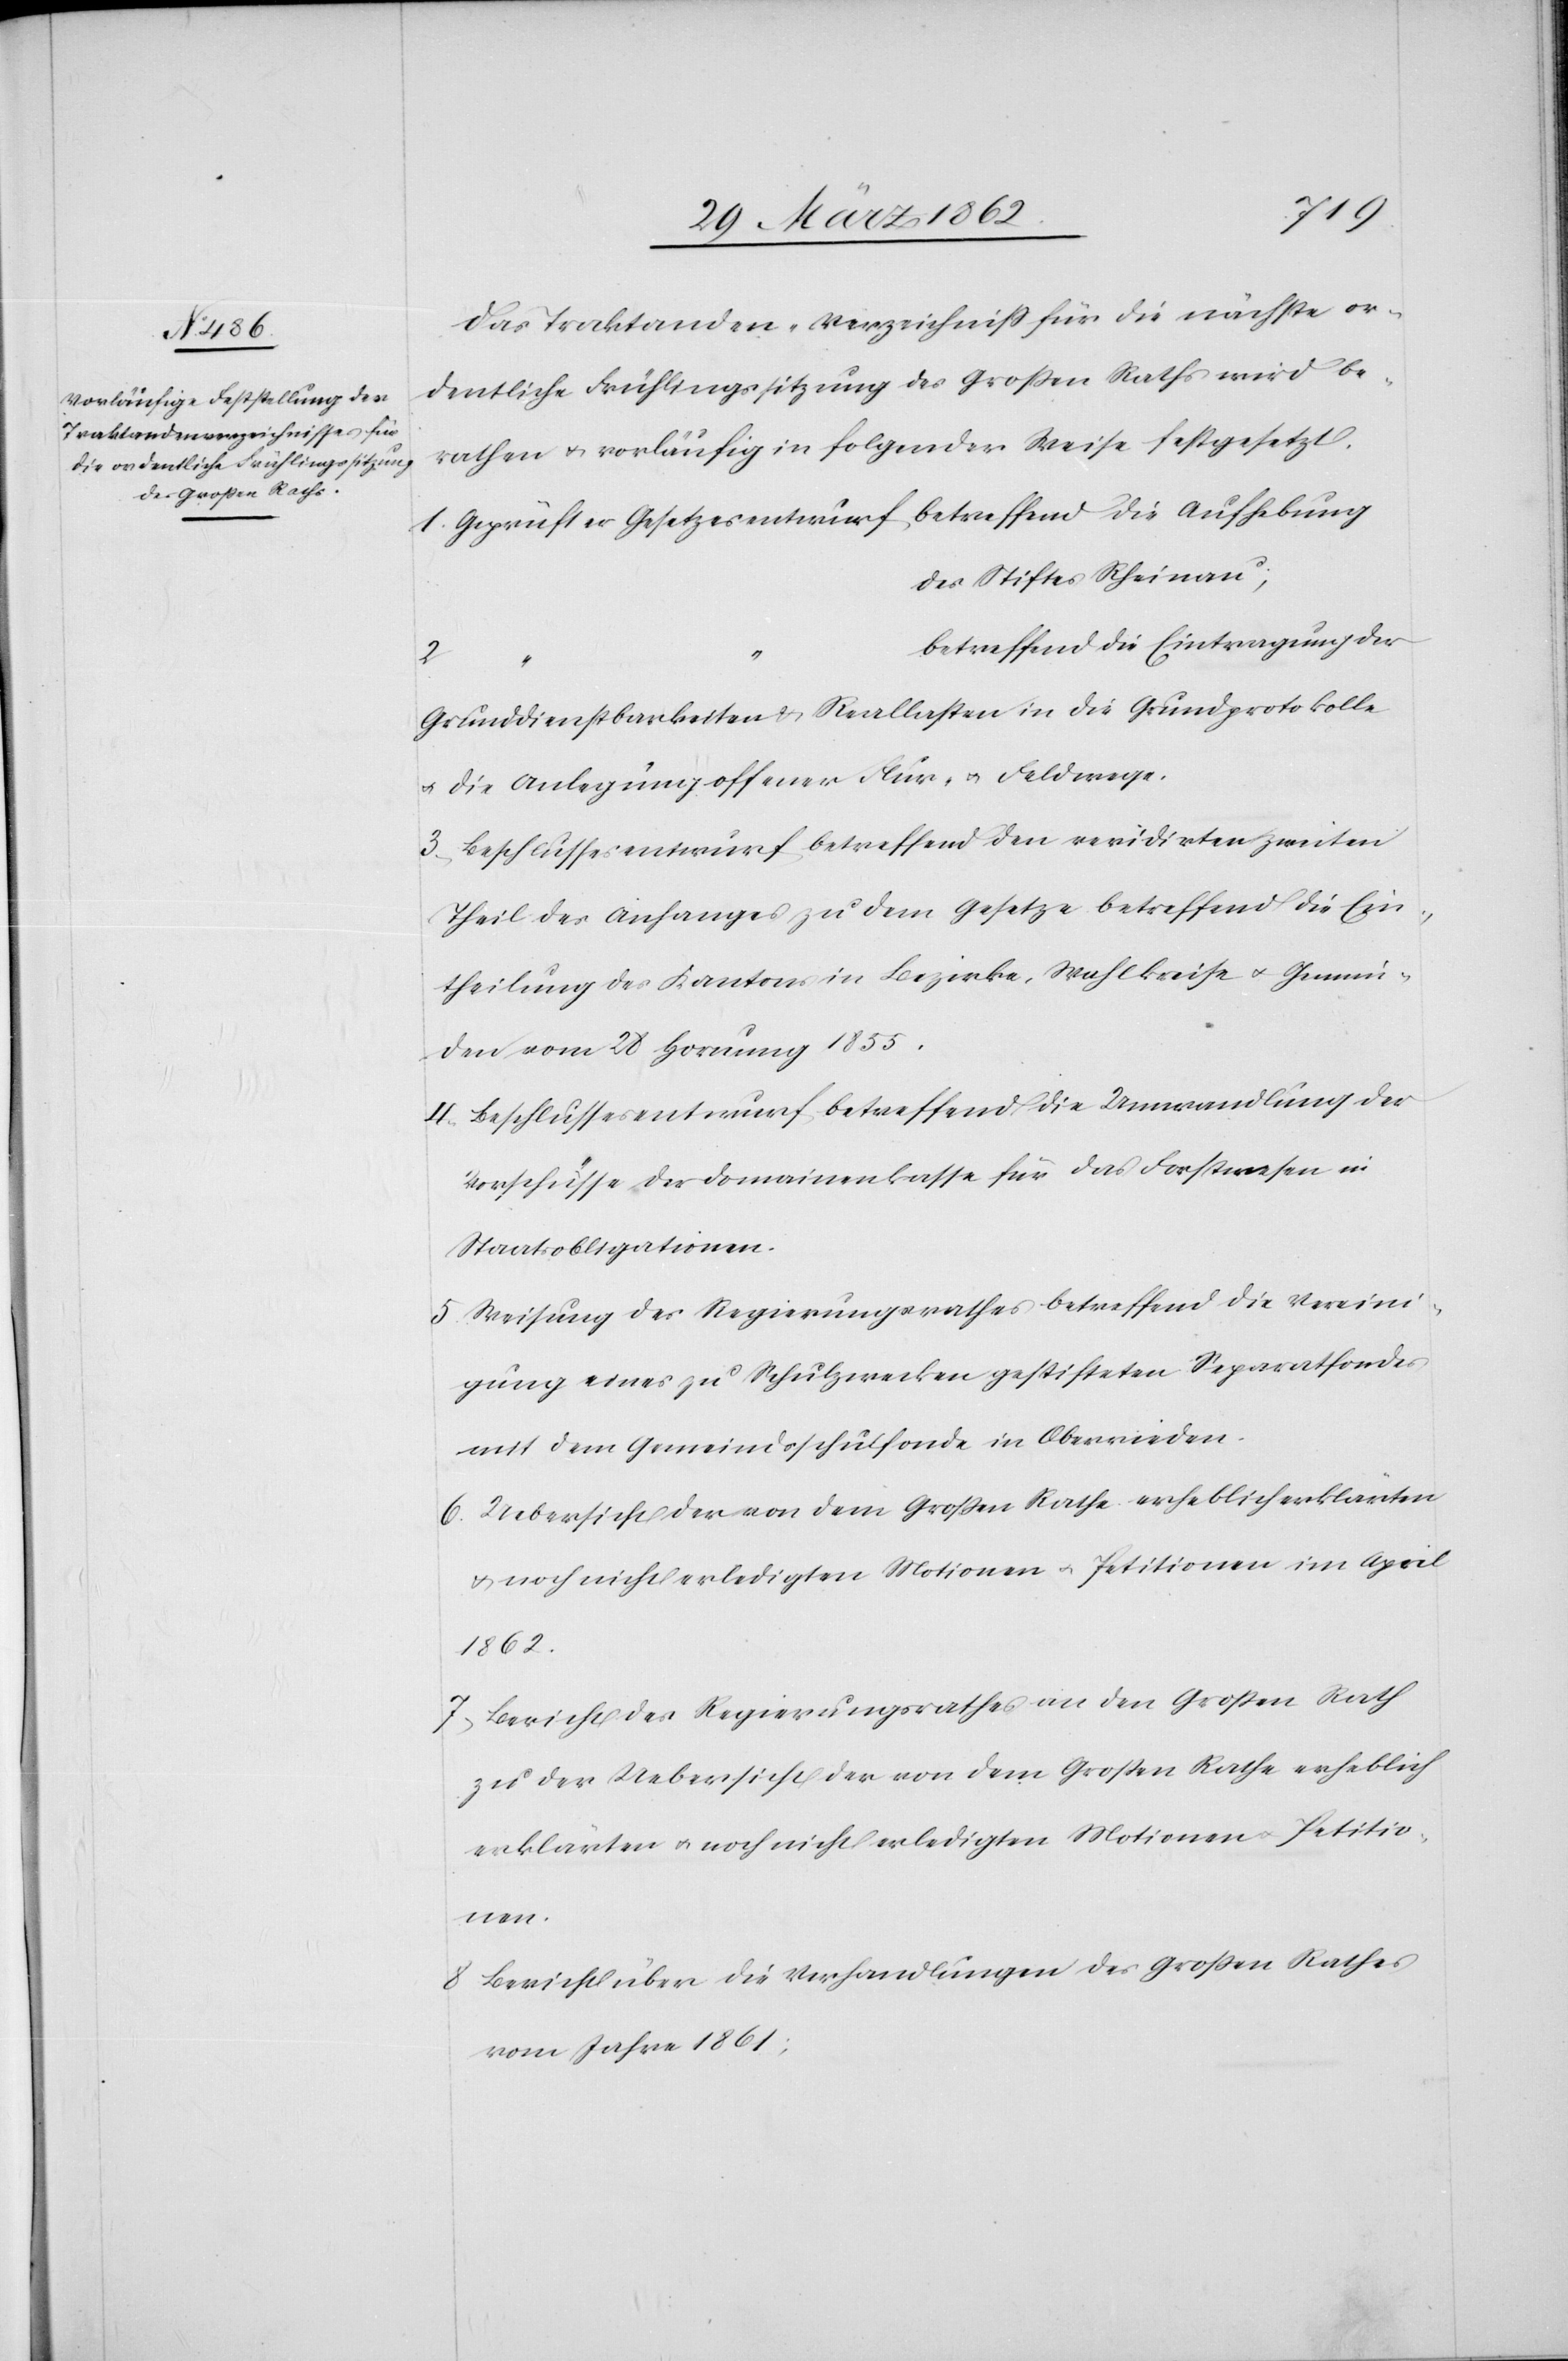
Das Traktanden-Verzeichniß für die nächste or¬
dentliche Frühlingssitzung des Großen Raths wird be¬
rathen u. vorläufig in folgender Weise festgesetzt.
1. Geprüfter Gesetzesentwurf, betreffend die Aufhebung
des Stiftes Rheinau;
betreffend die Eintragung der
2.
Grunddienstbarkeiten & Reallasten in die Grundprotokolle
u. die Anlegung offener Flur- u. Feldwege.
3. Beschlussesentwurf betreffend den revidirten zweiten
Theil des Anfanges zu dem Gesetze betreffend die Ein¬
theilung des Kantons in Bezirke, Wahlkreise u. Gemein¬
den vom 28 Hornung 1855.
4. Beschlussesentwurf betreffend die Umwandlung der
Vorschüsse der Domainenkasse für das Forstwesen in
Staatsobligationen.
5. Weisung des Regierungsrathes betreffend die Vereini¬
gung eines zu Schulzwecken gestifteten Separatfondes
mit dem Gemeindsschulfonde in Oberrieden.
6. Uebersicht der von dem Großen Rathe erheblich erklärten
u. noch nicht erledigten Motionen u. Petitionen im April
1862.
7. Bericht des Regierungsrathes an den Großen Rath
zu der Uebersicht der von dem Großen Rathe erheblich
erklärten u. noch nicht erledigten Motionen u. Petitio¬
nen.
8. Bericht über die Verhandlungen des Großen Rathes
vom Jahre 1861;